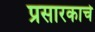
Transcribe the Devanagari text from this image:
प्रसारकाचे